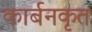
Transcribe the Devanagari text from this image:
कार्बनकृत